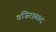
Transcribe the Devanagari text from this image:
वजिराबाद